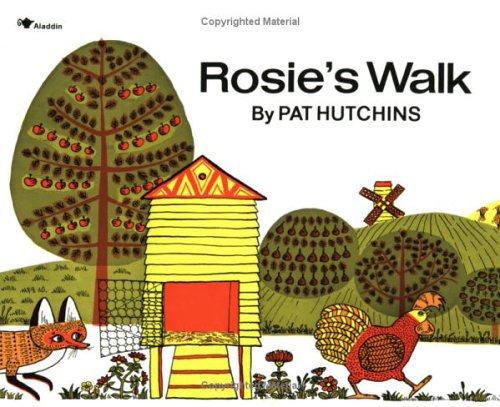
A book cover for Rosie's Walk; Pat Hutchins; Children's Books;